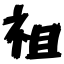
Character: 祖